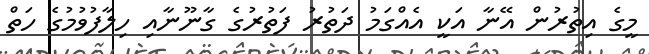
މީގެ އިތުރުން އޭނާ އަކީ އެއްގަމު ދަތުރު ފަތުރުގެ ގާނޫނާއި ހިލާފުވުމުގެ ހަތް